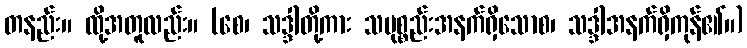
တနည်း။ ထို့အတူလည်း။ (စေ၊ သဒ္ဒါတို့ကား သမုစ္စည်းအနက်ရှိသောစ၊ သဒ္ဒါအနက်ရှိကုန်၏။)